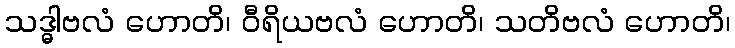
သဒ္ဓါဗလံ ဟောတိ၊ ဝီရိယဗလံ ဟောတိ၊ သတိဗလံ ဟောတိ၊